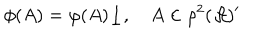
\phi ( A ) = \varphi ( A ) \underline { { { 1 } } } , \quad A \in \rho ^ { 2 } ( \mathcal { A } ) ^ { \prime }